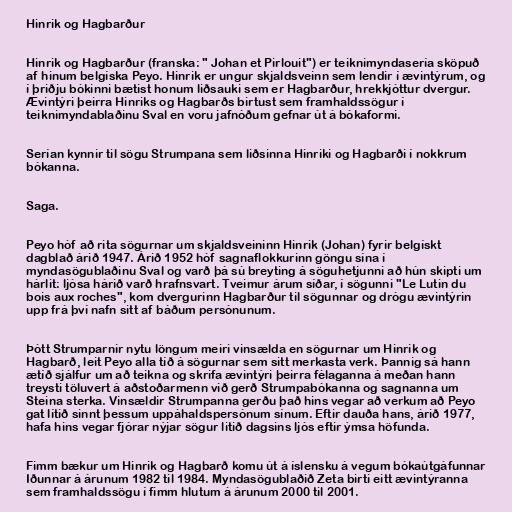
Hinrik og Hagbarður

Hinrik og Hagbarður (franska: " Johan et Pirlouit") er teiknimyndasería sköpuð
af hinum belgíska Peyo. Hinrik er ungur skjaldsveinn sem lendir í ævintýrum, og
í þriðju bókinni bætist honum liðsauki sem er Hagbarður, hrekkjóttur dvergur.
Ævintýri þeirra Hinriks og Hagbarðs birtust sem framhaldssögur í
teiknimyndablaðinu Sval en voru jafnóðum gefnar út á bókaformi.

Serían kynnir til sögu Strumpana sem liðsinna Hinriki og Hagbarði í nokkrum
bókanna.

Saga.

Peyo hóf að rita sögurnar um skjaldsveininn Hinrik (Johan) fyrir belgískt
dagblað árið 1947. Árið 1952 hóf sagnaflokkurinn göngu sína í
myndasögublaðinu Sval og varð þá sú breyting á söguhetjunni að hún skipti um
hárlit: ljósa hárið varð hrafnsvart. Tveimur árum síðar, í sögunni "Le Lutin du
bois aux roches", kom dvergurinn Hagbarður til sögunnar og drógu ævintýrin
upp frá því nafn sitt af báðum persónunum.

Þótt Strumparnir nytu löngum meiri vinsælda en sögurnar um Hinrik og
Hagbarð, leit Peyo alla tíð á sögurnar sem sitt merkasta verk. Þannig sá hann
ætíð sjálfur um að teikna og skrifa ævintýri þeirra félaganna á meðan hann
treysti töluvert á aðstoðarmenn við gerð Strumpabókanna og sagnanna um
Steina sterka. Vinsældir Strumpanna gerðu það hins vegar að verkum að Peyo
gat lítið sinnt þessum uppáhaldspersónum sínum. Eftir dauða hans, árið 1977,
hafa hins vegar fjórar nýjar sögur litið dagsins ljós eftir ýmsa höfunda.

Fimm bækur um Hinrik og Hagbarð komu út á íslensku á vegum bókaútgáfunnar
Iðunnar á árunum 1982 til 1984. Myndasögublaðið Zeta birti eitt ævintýranna
sem framhaldssögu í fimm hlutum á árunum 2000 til 2001.